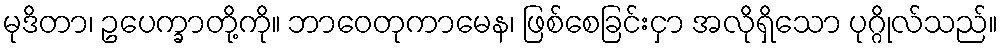
မုဒိတာ၊ ဥပေက္ခာတို့ကို။ ဘာဝေတုကာမေန၊ ဖြစ်စေခြင်းငှာ အလိုရှိသော ပုဂ္ဂိုလ်သည်။